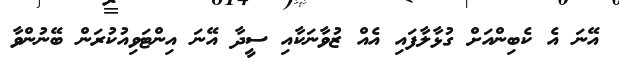
އޭނަ އެ ކެބިންއަށް ގުޅާލާފައި އެއް ޒުވާނަކާއި ސީދާ އޭނަ އިންޓަވިއުކުރަން ބޭނުންވާ